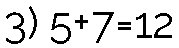
3) 5+7=12